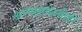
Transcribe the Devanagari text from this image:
अभ्यासकानीही